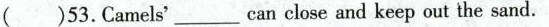
()53.Camels' ___ can close and keep out the sand.